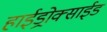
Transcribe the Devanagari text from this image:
हाईड्रोक्साईड